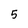
Character: 5